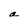
Character: a